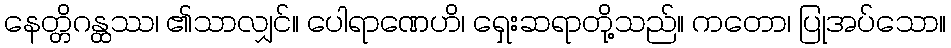
နေတ္တိဂန္ထဿ၊ ၏သာလျှင်။ ပေါရာဏေဟိ၊ ရှေးဆရာတို့သည်။ ကတော၊ ပြုအပ်သော။